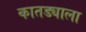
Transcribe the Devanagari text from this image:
कातड्याला